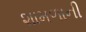
શામળાની